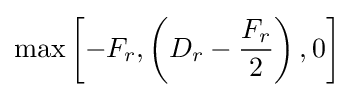
\max \left[-F_{r},\left(D_{r}-{\frac {F_{r}}{2}}\right),0\right]